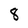
Character: 8